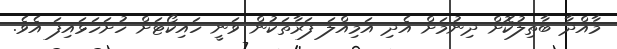
މާއްދާ ބާތިލުކޮށް ދިނުމަށް އެދި އަމިއްލަ ފަރާތަކުން ވަނީ ހައިކޯޓަށް ހުށަހަޅައިފަ އެވެ.